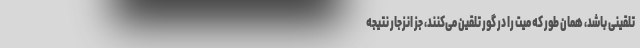
تلقینی باشد، همان طور که میت را در گور تلقین می‌کنند، جز انزجار نتیجه